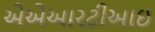
એએઆરટીઆઇ